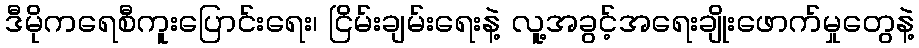
ဒီမိုကရေစီကူးပြောင်းရေး၊ ငြိမ်းချမ်းရေးနဲ့ လူ့အခွင့်အရေးချိုးဖောက်မှုတွေနဲ့